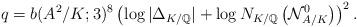
LaTeX: \begin{align*}q=b(A^2/K;3)^8\left( \log |\Delta_{K/\mathbb{Q}}| + \log N_{K/\mathbb{Q}}\left(\mathcal{N}^0_{A/K}\right) \right)^2.\end{align*}